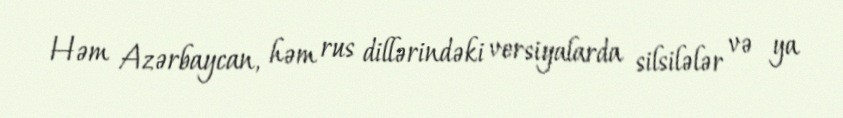
Həm Azərbaycan, həm rus dillərindəki versiyalarda silsilələr və ya